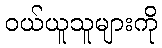
ဝယ်ယူသူများကို